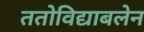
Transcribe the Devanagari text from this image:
ततोविद्याबलेन